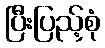
ပြီးပြည့်စုံ